Report of an investigation into the causes of malaria in Bombay and the measures necessary for its control
Disease focus: Malaria
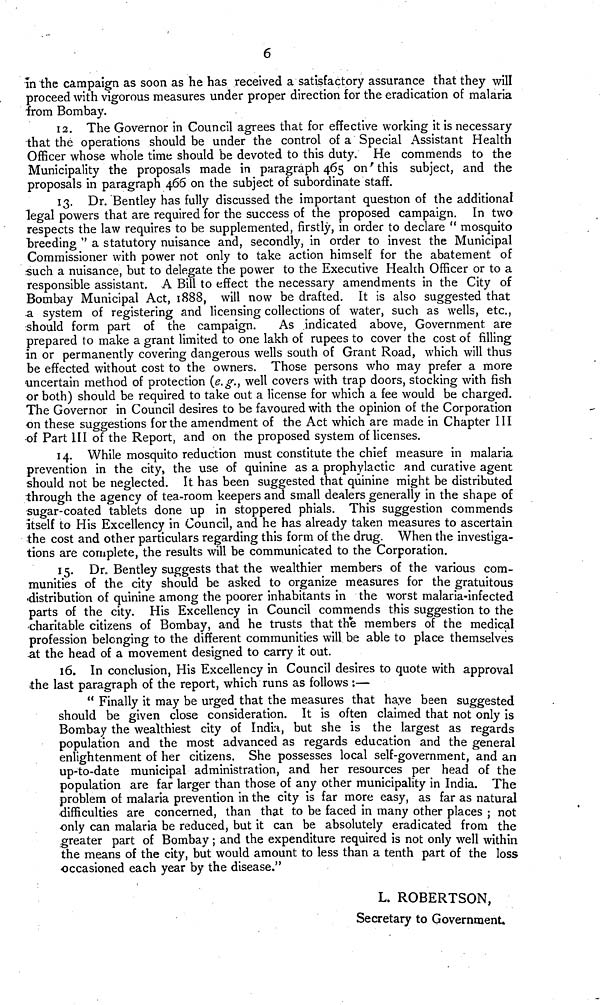
6
in the campaign as soon as he has received a satisfactory assurance that they will
proceed with vigorous measures under proper direction for the eradication of malaria
from Bombay.
12. The Governor in Council agrees that for effective working it is necessary
that the operations should be under the control of a Special Assistant Health
Officer whose whole time should be devoted to this duty. He commends to the
Municipality the proposals made in paragraph 465 on this subject, and the
proposals in paragraph 466 on the subject of subordinate staff.
13. Dr. Bentley has fully discussed the important question of the additional
legal powers that are required for the success of the proposed campaign. In two
respects the law requires to be supplemented, firstly, in order to declare " mosquito
breeding " a statutory nuisance and, secondly, in order to invest the Municipal
Commissioner with power not only to take action himself for the abatement of
such a nuisance, but to delegate the power to the Executive Health Officer or to a
responsible assistant. A Bill to effect the necessary amendments in the City of
Bombay Municipal Act, 1888, will now be drafted. It is also suggested that
3. system of registering and licensing collections of water, such as wells, etc.,
should form part of the campaign.
As indicated above, Government are
prepared to make a grant limited to one lakh of rupees to cover the cost of filling
in or permanently covering dangerous wells south of Grant Road, which will thus
be effected without cost to the owners. Those persons who may prefer a more
uncertain method of protection (e.g., well covers with trap doors, stocking with fish
or both) should be required to take out a license for which a fee would be charged.
The Governor in Council desires to be favoured with the opinion of the Corporation
on these suggestions for the amendment of the Act which are made in Chapter III
of Part III of the Report, and on the proposed system of licenses.
14. While mosquito reduction must constitute the chief measure in malaria
prevention in the city, the use of quinine as a prophylactic and curative agent
should not be neglected. It has been suggested that quinine might be distributed
through the agency of tea-room keepers and small dealers generally in the shape of
sugar-coated tablets done up in stoppered phials. This suggestion commends
itself to His Excellency in Council, and he has already taken measures to ascertain
the cost and other particulars regarding this form of the drug. When the investiga-
tions are complete, the results will be communicated to the Corporation.
15. Dr. Bentley suggests that the wealthier members of the various com-
munities of the city should be asked to organize measures for the gratuitous
distribution of quinine among the poorer inhabitants in the worst malaria-infected
parts of the city. His Excellency in Council commends this suggestion to the
•charitable citizens of Bombay, and he trusts that the members of the medical
profession belonging to the different communities will be able to place themselves
at the head of a movement designed to carry it out.
16. In conclusion, His Excellency in Council desires to quote with approval
the last paragraph of the report, which runs as follows :—
" Finally it may be urged that the measures that have been suggested
should be given close consideration. It is often claimed that not only is
Bombay the wealthiest city of India, but she is the largest as regards
population and the most advanced as regards education and the general
enlightenment of her citizens. She possesses local self-government, and an
up-to-date municipal administration, and her resources per head of the
population are far larger than those of any other municipality in India. The
problem of malaria prevention in the city is far more easy, as far as natural
difficulties are concerned, than that to be faced in many other places ; not
•only can malaria be reduced, but it can be absolutely eradicated from the
greater part of Bombay; and the expenditure required is not only well within
the means of the city, but would amount to less than a tenth part of the loss
occasioned each year by the disease."
L. ROBERTSON,
Secretary to Government.